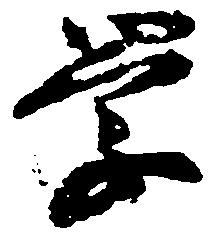
学